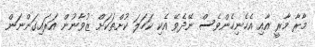
މާރާ މާރީ އާއި އެހެނިހެންވެސް ނޭދެވޭ އެކި ކަހަލަ ކުށްތަކަށް ޒުވާނުން އަރައިގަންނަން